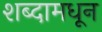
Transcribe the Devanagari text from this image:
शब्दामधून